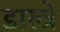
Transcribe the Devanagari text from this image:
डाल्त्रे